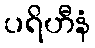
ပရိဟီနံ